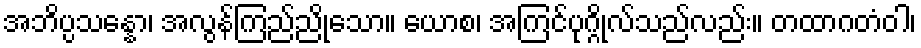
အဘိပ္ပသန္နော၊ အလွန်ကြည်ညိုသော။ ယောစ၊ အကြင်ပုဂ္ဂိုလ်သည်လည်း။ တထာဂတံဝါ၊